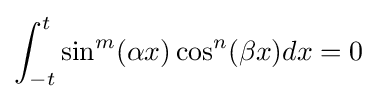
\int _{-t}^{t}\sin ^{m}(\alpha x)\cos ^{n}(\beta x)dx=0